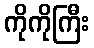
ကိုကိုကြီး